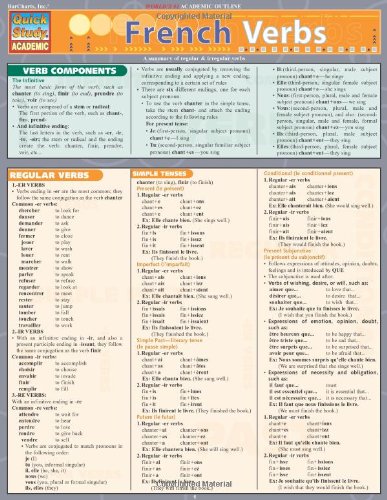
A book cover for French Verbs (Quickstudy: Academic); Inc. BarCharts; Reference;